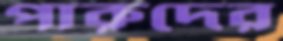
পারুদের